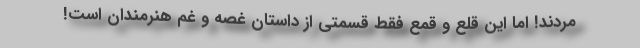
مردند! اما این قلع و قمع فقط قسمتی از داستان غصه و غم هنرمندان است!